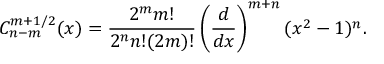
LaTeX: C _ { n - m } ^ { m + 1 / 2 } ( x ) = \frac { 2 ^ { m } m ! } { 2 ^ { n } n ! ( 2 m ) ! } \left( \frac { d } { d x } \right) ^ { m + n } ( x ^ { 2 } - 1 ) ^ { n } .